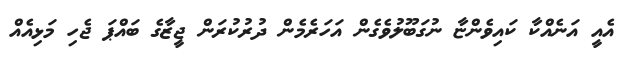
އެއީ އަނެއްކާ ކައިވެންޏާ ނުގަބޫލުވެގެން އަހަރެމެން ދުރުކުރަން ޖީޒާގެ ބައްޕަ ޖެހި މަޅިއެއް